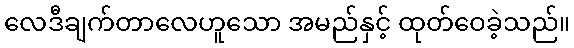
လေဒီချက်တာလေဟူသော အမည်နှင့် ထုတ်ဝေခဲ့သည်။